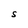
Character: S